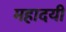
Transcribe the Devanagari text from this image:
महादयी